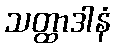
သတ္ထာဒါနံ